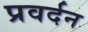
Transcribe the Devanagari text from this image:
प्रवर्दन